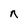
Character: n